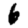
Digit: 6